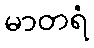
မာတရံ